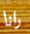
رانا